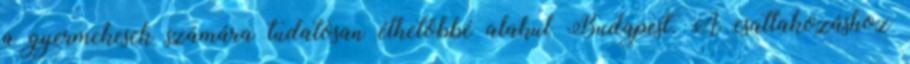
a gyermekesek számára tudatosan élhetőbbé alakul Budapest. A csatlakozáshoz